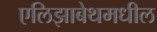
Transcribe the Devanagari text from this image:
एलिझाबेथमधील